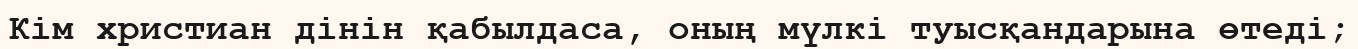
Кім христиан дінін қабылдаса, оның мүлкі туысқандарына өтеді;